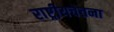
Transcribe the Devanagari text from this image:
राष्ट्रीयचेतना